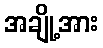
အချို့အား